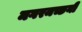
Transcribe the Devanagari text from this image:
मगरमच्छनी